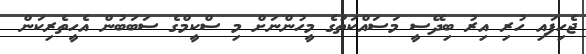
ޖެހިފައި ހުރި އިރު ބިދޭސީ މަސައްކަތުގެ މީހުންނަށް މި ސްކީމްގެ ސަބަބުން އެހީތެރިކަން